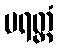
ပရတ္ထံ